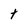
Character: t